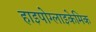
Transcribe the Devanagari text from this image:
हाइपोग्लाइकेमिक